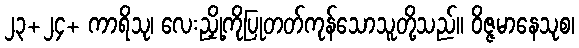
၂၃+၂၄+ ကာရိသု၊ လေးညှို့ကိုပြုတတ်ကုန်သောသူတို့သည်။ ဝိဇ္ဇမာနေသုစ၊